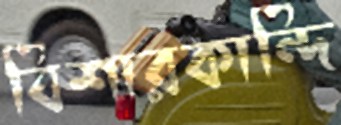
বিশারকান্দি